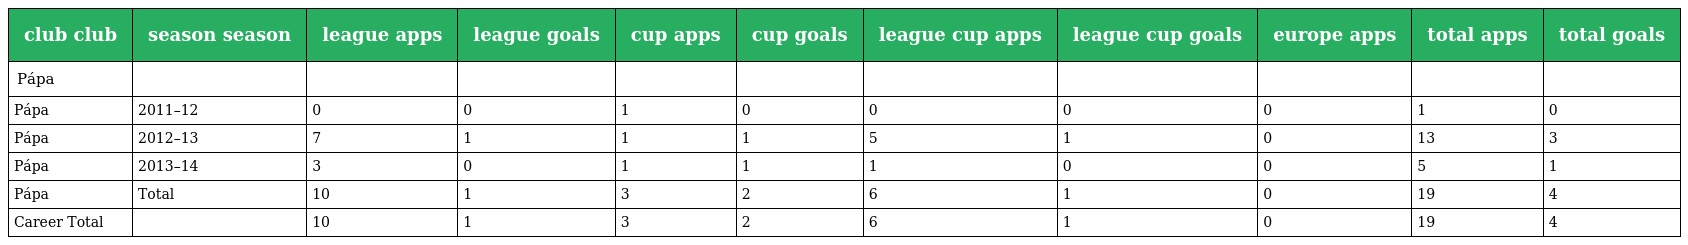
| club club | season season | league apps | league goals | cup apps | cup goals | league cup apps | league cup goals | europe apps | total apps | total goals |
 | --- | --- | --- | --- | --- | --- | --- | --- | --- | --- | --- |
 | Pápa |  |  |  |  |  |  |  |  |  |  |
 | Pápa | 2011–12 | 0 | 0 | 1 | 0 | 0 | 0 | 0 | 1 | 0 |
 | Pápa | 2012–13 | 7 | 1 | 1 | 1 | 5 | 1 | 0 | 13 | 3 |
 | Pápa | 2013–14 | 3 | 0 | 1 | 1 | 1 | 0 | 0 | 5 | 1 |
 | Pápa | Total | 10 | 1 | 3 | 2 | 6 | 1 | 0 | 19 | 4 |
 | Career Total |  | 10 | 1 | 3 | 2 | 6 | 1 | 0 | 19 | 4 |